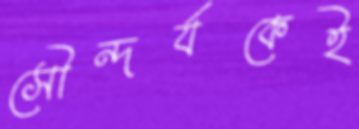
সৌন্দর্যকেই